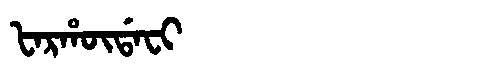
Manchu: ᡶᠠᡵᡥᡡᡩᠠᠸᡳ
Romanization: FARHŪDAFI